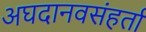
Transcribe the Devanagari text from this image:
अघदानवसंहर्ता